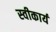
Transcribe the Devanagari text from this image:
स्‍वीकार्य